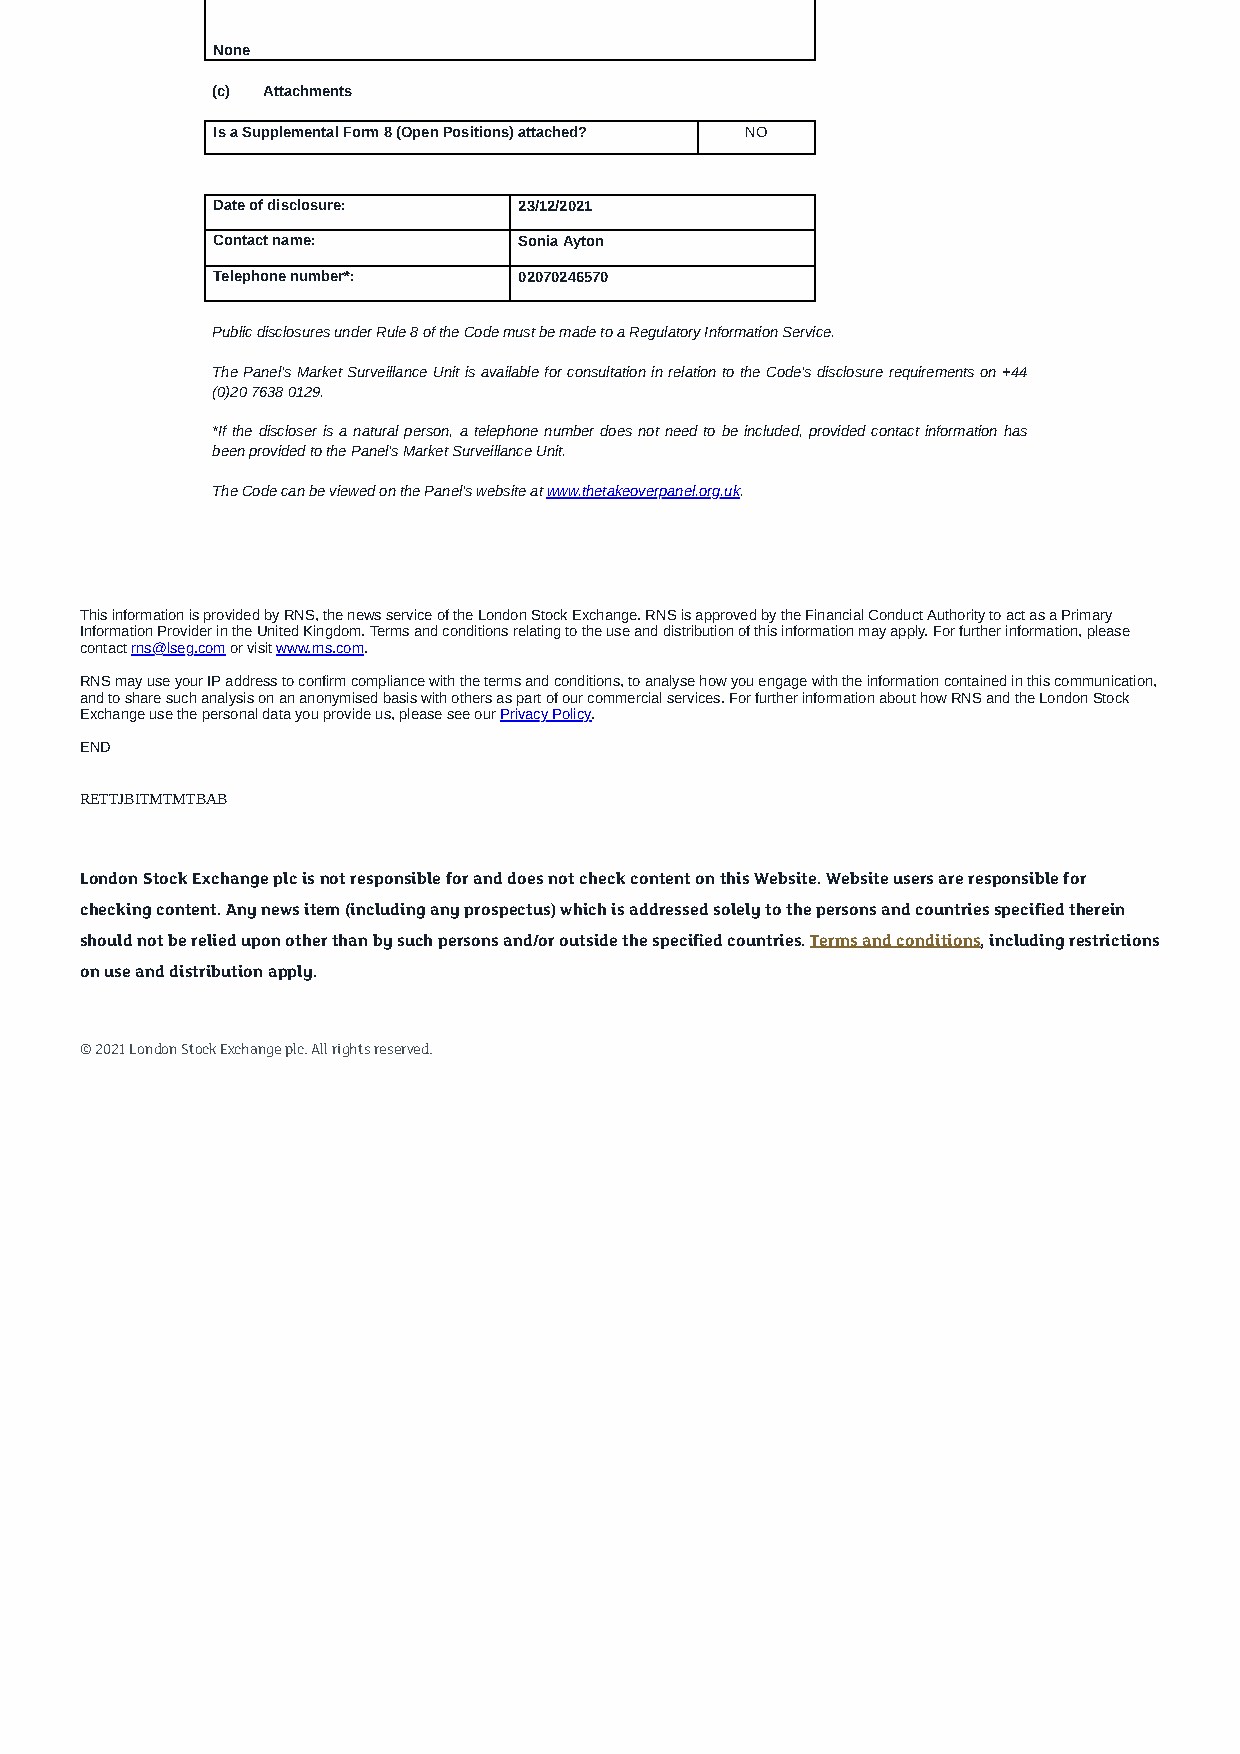
None
 (c) Attachments
 Is a Supplemental Form 8 (Open Positions) attached? NO
 Date of disclosure: 23/12/2021
 Contact name:       Sonia Ayton
 Telephone number*:  02070246570
 Public disclosures under Rule 8 of the Code must be made to a Regulatory Information Service.
 The Panel's Market Surveillance Unit is available for consultation in relation to the Code's disclosure requirements on +44
 (0)20 7638 0129.
 *If the discloser is a natural person, a telephone number does not need to be included, provided contact information has
 been provided to the Panel's Market Surveillance Unit.
 The Code can be viewed on the Panel's website at www.thetakeoverpanel.org.uk.
 This information is provided by RNS, the news service of the London Stock Exchange. RNS is approved by the Financial Conduct Authority to act as a Primary
 Information Provider in the United Kingdom. Terms and conditions relating to the use and distribution of this information may apply. For further information, please
 contact rns@lseg.com or visit www.rns.com.
 RNS may use your IP address to confirm compliance with the terms and conditions, to analyse how you engage with the information contained in this communication,
 and to share such analysis on an anonymised basis with others as part of our commercial services. For further information about how RNS and the London Stock
 Exchange use the personal data you provide us, please see our Privacy Policy.
 END
 RETTJBITMTMTBAB
 London Stock Exchange plc is not responsible for and does not check content on this Website. Website users are responsible for
 checking content. Any news item (including any prospectus) which is addressed solely to the persons and countries specied therein
 should not be relied upon other than by such persons and/or outside the specied countries. Terms and conditions, including restrictions
 on use and distribution apply.
 © 2021 London Stock Exchange plc. All rights reserved.